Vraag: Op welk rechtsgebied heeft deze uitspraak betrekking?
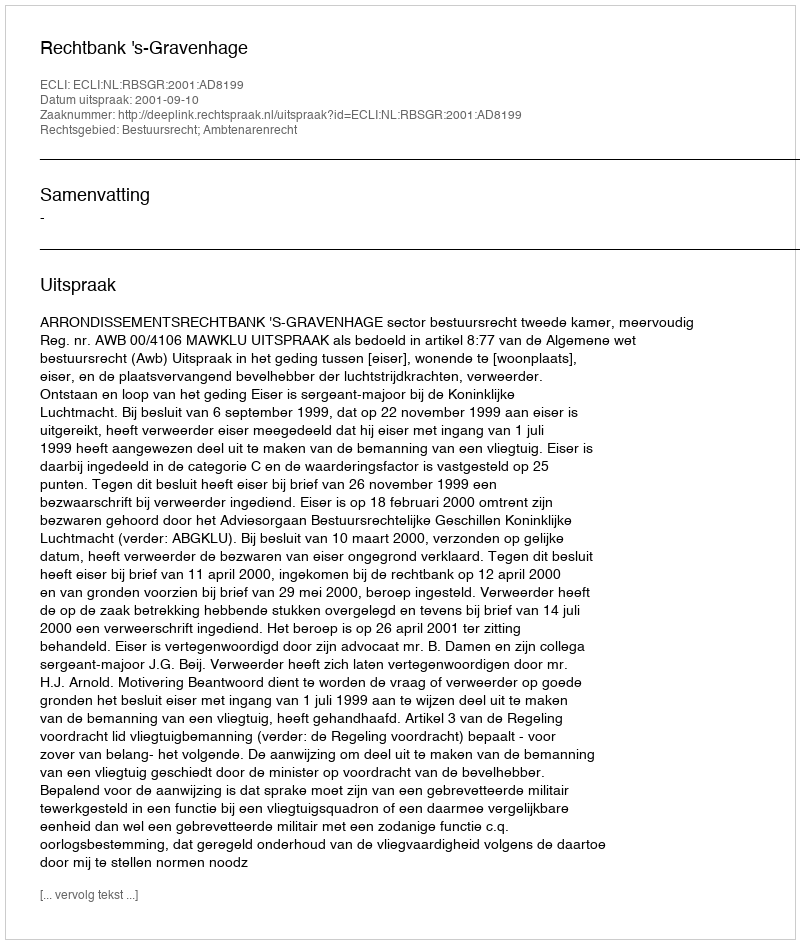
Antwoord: Bestuursrecht; Ambtenarenrecht